画像に写った文字を読んでください
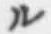
「ル」と書いてあります